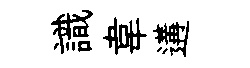
識韋遘